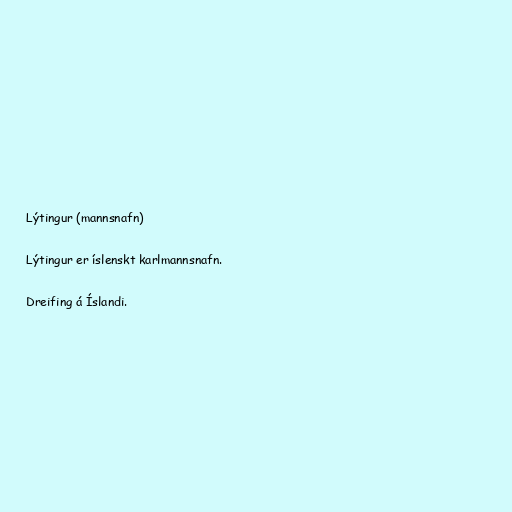
Lýtingur (mannsnafn)

Lýtingur er íslenskt karlmannsnafn.

Dreifing á Íslandi.